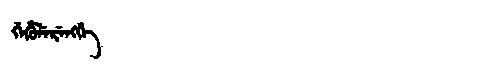
Manchu: ᡤᡝᡥᡠᠯᡝᡵᡝᠩᡤᡝ
Romanization: GEHULERENGGE